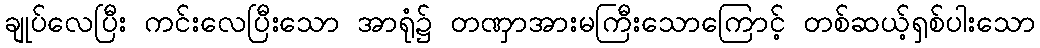
ချုပ်လေပြီး ကင်းလေပြီးသော အာရုံ၌ တဏှာအားမကြီးသောကြောင့် တစ်ဆယ့်ရှစ်ပါးသော